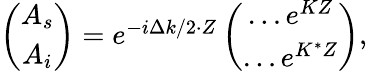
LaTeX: \begin{array}{r}{\left(\begin{array}{c}{A_{s}}\\ {A_{i}}\end{array}\right)=e^{-i\Delta k/2\cdot Z}\left(\begin{array}{c}{\dots e^{KZ}}\\ {\dots e^{K^{*}Z}}\end{array}\right),}\end{array}